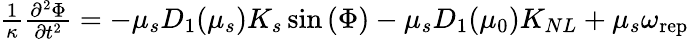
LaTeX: \begin{array}{r}{\frac{1}{\kappa}\frac{\partial^{2}\Phi}{\partial{t}^{2}}=-\mu_{s}D_{1}(\mu_{s})K_{s}\sin{\left(\Phi\right)}-\mu_{s}D_{1}({\mu}_{0})K_{NL}+\mu_{s}\omega_{\mathrm{rep}}}\end{array}